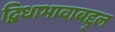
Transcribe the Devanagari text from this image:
द्विधाभावाबद्द्ल